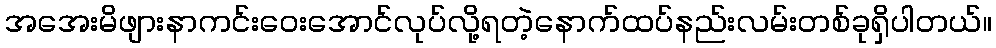
အအေးမိဖျားနာကင်းဝေးအောင်လုပ်လို့ရတဲ့နောက်ထပ်နည်းလမ်းတစ်ခုရှိပါတယ်။